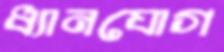
ধ্যানযোগ